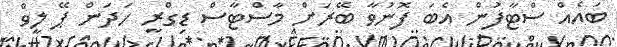
ބައެއް ސްޓާފުން އެބަ ފޮނުވާ ބޭރަށް މާސްޓާސް ޑިގްރީ ހަދަން ޕޭ ލީވް